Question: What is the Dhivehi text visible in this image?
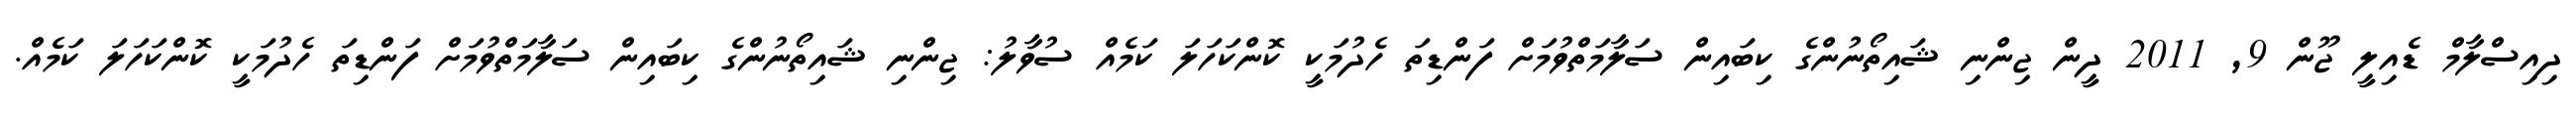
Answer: ދިއިސްލާމް ޑެއިލީ ޖޫން 9, 2011 ދީން ޖިންނި ޝައިތޯނުންގެ ކިބައިން ސަލާމަތްވުމަށް ފަންޑިތަ ހެދުމަކީ ކޮންކަހަލަ ކަމެއް ސުވާލު: ޖިންނި ޝައިތޯނުންގެ ކިބައިން ސަލާމަތްވުމަށް ފަންޑިތަ ހެދުމަކީ ކޮންކަހަލަ ކަމެއް.